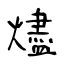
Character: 燼